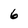
Character: 6